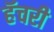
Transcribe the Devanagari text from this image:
हॅचरी